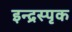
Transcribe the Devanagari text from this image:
इन्द्रस्पृक